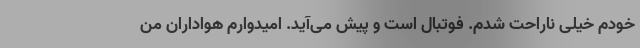
خودم خیلی ناراحت شدم. فوتبال است و پیش می‌آید. امیدوارم هواداران من